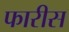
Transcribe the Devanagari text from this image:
फारीस